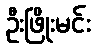
ဦးဖြိုးမင်း